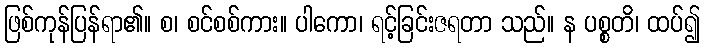
ဖြစ်ကုန်ပြန်ရာ၏။ စ၊ စင်စစ်ကား။ ပါကော၊ ရင့်ခြင်းဇရတာ သည်။ န ပစ္စတိ၊ ထပ်၍